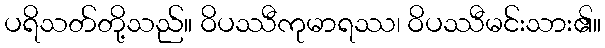
ပရိသတ်တို့သည်။ ဝိပဿီကုမာရဿ၊ ဝိပဿီမင်းသား၏။